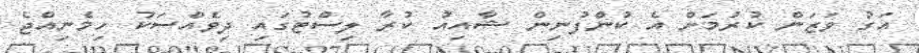
އަގު ވަޒަން ކުރުމަށް އެ ކުންފުނިން ޝާއިއު ކުރާ ލިސްޓުގައި ދިވެއްސަކު ހިމެނިއްޖެ